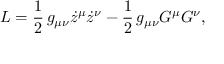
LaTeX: { \cal L } = \frac { 1 } { 2 } \, g _ { \mu \nu } \dot { z } ^ { \mu } \dot { z } ^ { \nu } - \frac { 1 } { 2 } \, g _ { \mu \nu } G ^ { \mu } G ^ { \nu } ,